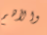
والأهم